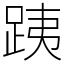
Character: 跠